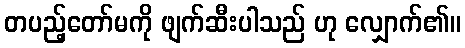
တပည့်တော်မကို ဖျက်ဆီးပါသည် ဟု လျှောက်၏။